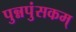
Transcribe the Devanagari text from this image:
पुन्नपुंसकम्‌